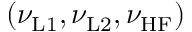
( \nu _ { \mathrm { L 1 } } , \nu _ { \mathrm { L 2 } } , \nu _ { \mathrm { H F } } )